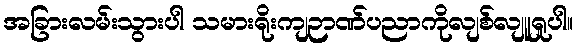
အခြားလမ်းသွားပါ သမားရိုးကျဉာဏ်ပညာကိုလျစ်လျူရှုပါ။